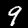
Label: 9